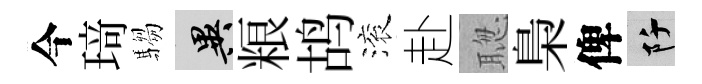
今𤦺騶异粮鸪滚赴聦梟俾阡